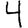
Digit: 4